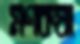
মণকষা